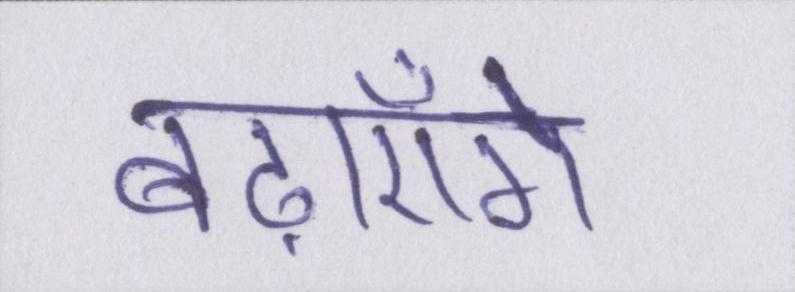
बढ़ाएँगे